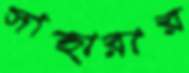
সাহারার